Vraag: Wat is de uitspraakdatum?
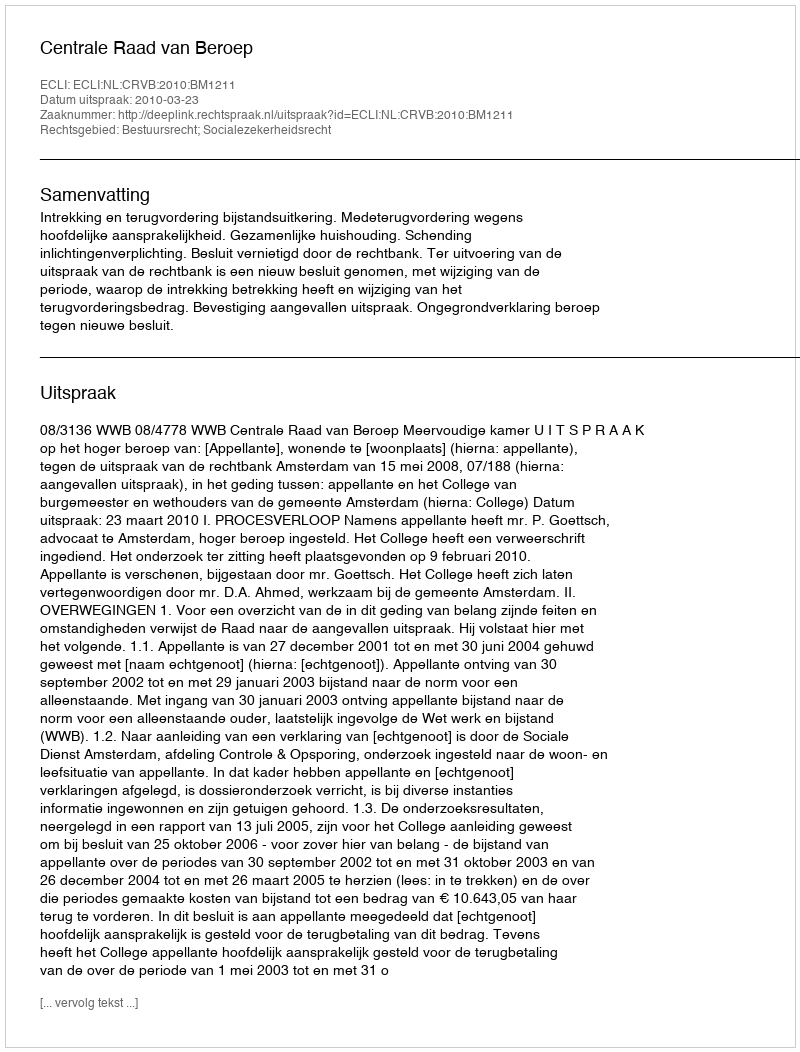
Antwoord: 2010-03-23